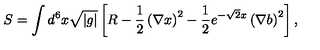
S = \int d ^ { 6 } x \sqrt { | g | } \left[ R - \frac { 1 } { 2 } \left( \nabla x \right) ^ { 2 } - \frac { 1 } { 2 } e ^ { - \sqrt { 2 } x } \left( \nabla b \right) ^ { 2 } \right] ,